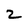
Character: 2